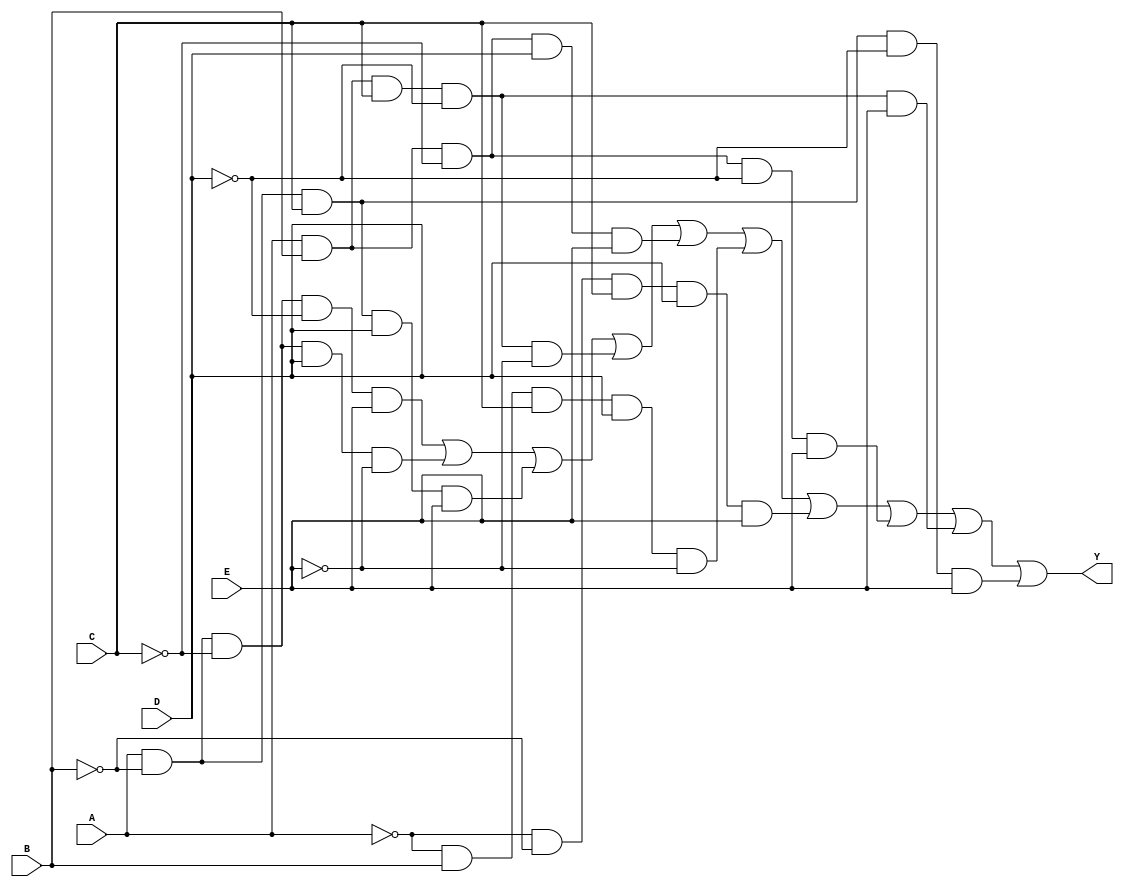
module five_variable_kmap (
    input wire A,
    input wire B,
    input wire C,
    input wire D,
    input wire E,
    output wire Y
);

// K-map logic based on the specific grouping of 1s
assign Y = (A & ~B & ~C & ~D & E) | // Cell 1
           (A & ~B & ~C & D & ~E) | // Cell 2
           (A & ~B & C & D & E) |   // Cell 3
           (A & B & C & ~D & ~E) |  // Cell 4
           (A & B & ~C & D & E) |   // Cell 5
           (~A & B & C & D & ~E) |  // Cell 6
           (~A & ~B & C & D & E) |  // Cell 7
           (A & B & ~C & ~D & E) |  // Cell 8
           (A & B & C & ~D & E) |    // Cell 9
           (A & ~B & C & ~D & E);    // Cell 10
           // Add more terms based on your K-map grouping

endmodule